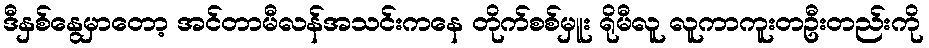
ဒီနှစ်နွေမှာတော့ အင်တာမီလန်အသင်းကနေ တိုက်စစ်မှူး ရိုမီလူ လူကာကူးတဦးတည်းကို